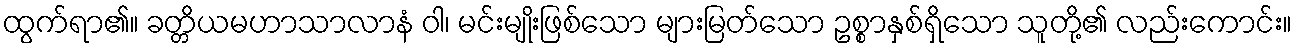
ထွက်ရာ၏။ ခတ္တိယမဟာသာလာနံ ဝါ၊ မင်းမျိုးဖြစ်သော များမြတ်သော ဥစ္စာနှစ်ရှိသော သူတို့၏ လည်းကောင်း။